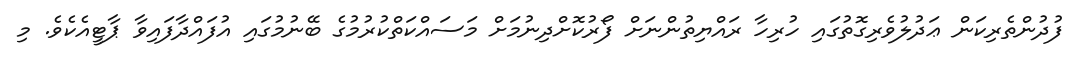
ފުދުންތެރިކަން ޢަދުލުވެރިގޮތުގައި ހުރިހާ ރައްޔިތުންނަށް ފޯރުކޮށްދިނުމަށް މަސައްކަތްކުރުމުގެ ބޭނުމުގައި އުފައްދާފައިވާ ޕާޓީއެކެވެ. މި